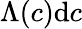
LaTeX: \Lambda(c)\mathrm{d}c